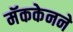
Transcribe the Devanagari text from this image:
मॅककेनने